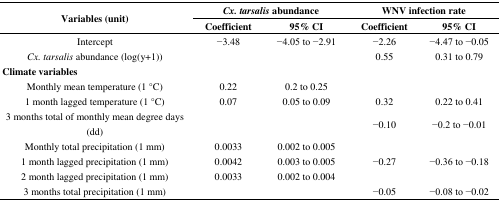
<table><thead><tr><td rowspan="2"><b>Variables (unit)</b></td><td colspan="2"><b><i>Cx. tarsalis</i> abundance</b></td><td colspan="2"><b>WNV infection rate</b></td></tr><tr><td><b>Coefficient</b></td><td><b>95% CI</b></td><td><b>Coefficient</b></td><td><b>95% CI</b></td></tr></thead><tbody><tr><td>Intercept</td><td>−3.48</td><td>−4.05 to −2.91</td><td>−2.26</td><td>−4.47 to −0.05</td></tr><tr><td><i>Cx. tarsalis</i> abundance (log(y+1))</td><td></td><td></td><td>0.55</td><td>0.31 to 0.79</td></tr><tr><td><b>Climate variables</b></td><td></td><td></td><td></td><td></td></tr><tr><td>Monthly mean temperature (1 °C)</td><td>0.22</td><td>0.2 to 0.25</td><td></td><td></td></tr><tr><td>1 month lagged temperature (1 °C)</td><td>0.07</td><td>0.05 to 0.09</td><td>0.32</td><td>0.22 to 0.41</td></tr><tr><td>3 months total of monthly mean degree days (dd)</td><td></td><td></td><td>−0.10</td><td>−0.2 to −0.01</td></tr><tr><td>Monthly total precipitation (1 mm)</td><td>0.0033</td><td>0.002 to 0.005</td><td></td><td></td></tr><tr><td>1 month lagged precipitation (1 mm)</td><td>0.0042</td><td>0.003 to 0.005</td><td>−0.27</td><td>−0.36 to −0.18</td></tr><tr><td>2 month lagged precipitation (1 mm)</td><td>0.0033</td><td>0.002 to 0.004</td><td></td><td></td></tr><tr><td>3 months total precipitation (1 mm)</td><td></td><td></td><td>−0.05</td><td>−0.08 to −0.02</td></tr></tbody></table>